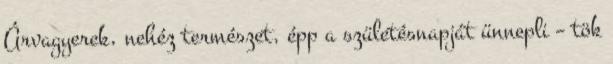
Árvagyerek, nehéz természet, épp a születésnapját ünnepli – tök